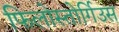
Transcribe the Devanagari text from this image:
फिलोस्तोर्गिउस